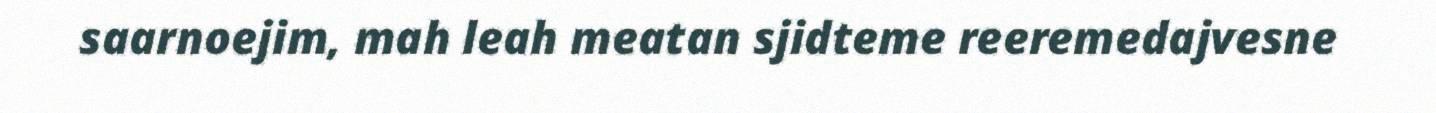
saarnoejim, mah leah meatan sjidteme reeremedajvesne